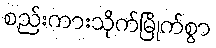
စည်းကားသိုက်မြိုက်စွာ